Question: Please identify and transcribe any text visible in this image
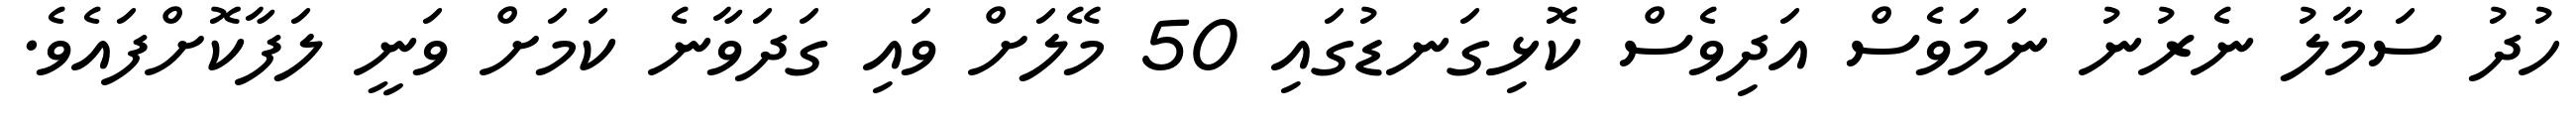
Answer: ހުދު ސަމާލު ނެރުނު ނަމަވެސް އަދިވެސް ކޮޅިގަނޑުގައި 50 މޭލަށް ވައި ގަދަވާނެ ކަމަށް ވަނީ ލަފާކޮށްފައެވެ.